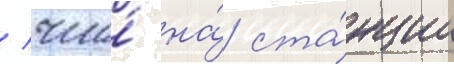
/ что́ на́ ста́нции